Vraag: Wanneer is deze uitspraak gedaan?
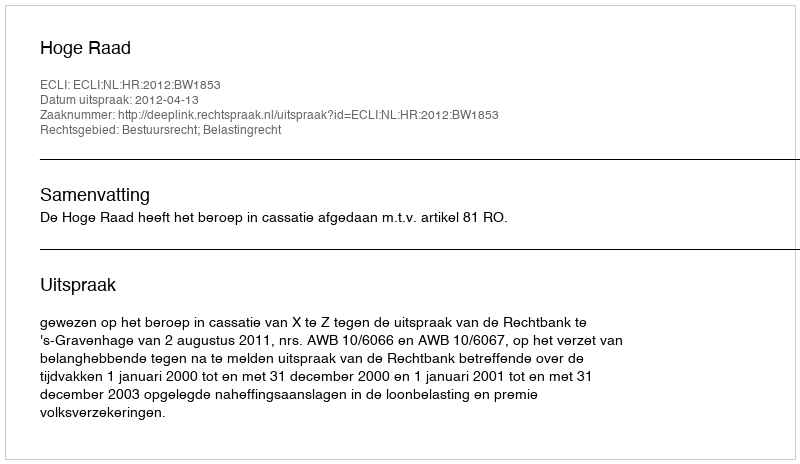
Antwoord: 2012-04-13